Tezpur Lunatic Asylum reports 1895-1904 - 1895-1904
Year: 1895
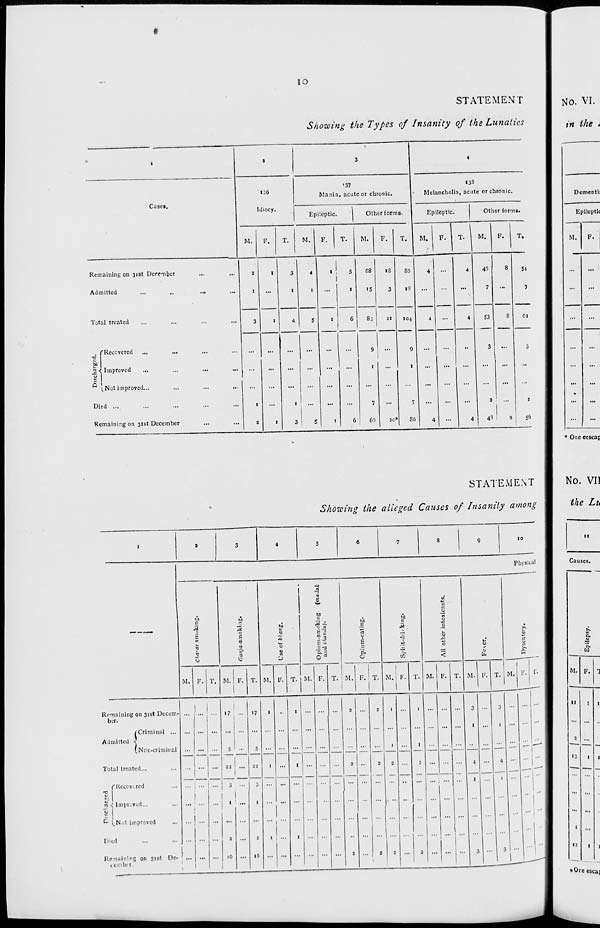
IO
STATEMENT
Showing the Types of Insanity of the Lunatics
No. VI.
in the *
•
I
a
3
4
Cases,
136
Idiocy.
'37
Mania, acute or chronic.
133
Melancholia, acute or chronic.
Epileptic.
Other forms-
Epileptic.
Other forms.
M.
F.
T.
M.
F.
T.
M.
F.
T.
M.
F.
1
T. 1 M,
F.
T.
Remaining on 31st December
Admitted
...
..
...
2
1
1
3
1
4
1
,
5
1
68
IS
IS
3
8(5
IS
4
...
4
4
45
7
8
54
7
Total treated
3
1
4
S
1
6
83
21
104
4
...
S3
3
2
4^
8
8
01
. ("Recovered ...
...
1 1
a 4 Improved
v 1
!' i,Not improved...
Ditd ...
Remaining on 31st December
1
1
2
1
1
3 |
S
1
6
9
1
7
65
30*
9
7
8fl
4
...
4
3
2
S5
Dementi;
Epileptlt
STATEMENT
Showing the alleged Causes of Insanity among
c
M.
T.
o
K
M. P. T.
Physical
to
o
o
M, F. T.
2 -A
& a
£ 1
o ri
M. F.
rt
B
c
M, F. I T.
to
M
</2
M. F.
Remaining ou 31st Decent
btr.
Admitted
{Criminal ...
Non-criminal
Total treated...
f Recovered
re ■[ Improved,..
a I
^ ^.Nut improved
Died
Remaining on 31st De-
1 ember.
17
23
...
3 •••
I
t ' ...
16
17
5
1
I
1
•■
1
I
...
...
...
.ILL
—
...
2
1
...
...
2
3
I
IS
...
I
2